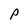
Character: P